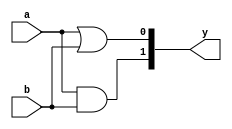
module kgp(input a,b,output[1:0] y);

assign y[0]=a|b;
assign y[1]=a&b;
endmodule